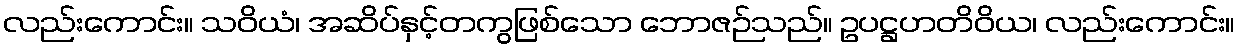
လည်းကောင်း။ သဝိယံ၊ အဆိပ်နှင့်တကွဖြစ်သော ဘောဇဉ်သည်။ ဥပဋ္ဌဟတိဝိယ၊ လည်းကောင်း။